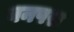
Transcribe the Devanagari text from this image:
बनपरा